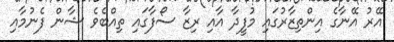
އޭރު އޭނާގެ އިންތިޒާރުގައި މުފީދާ އާއި ރިޒާ ސޯފާގައި ތިއްބެވެ ޝާން ފެނުމާއި